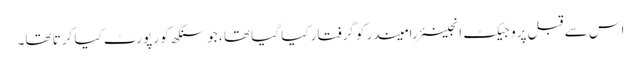
اس سے قبل پروجیکٹ انجینئر رامیندر کو گرفتار کیا گیا تھا ، جو سنگھ کو رپورٹ کیا کرتا تھا۔